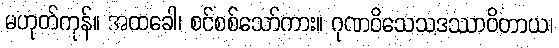
မဟုတ်ကုန်။ အထခေါ၊ စင်စစ်သော်ကား။ ဂုဏဝိသေသဒဿာဝိတာယ၊